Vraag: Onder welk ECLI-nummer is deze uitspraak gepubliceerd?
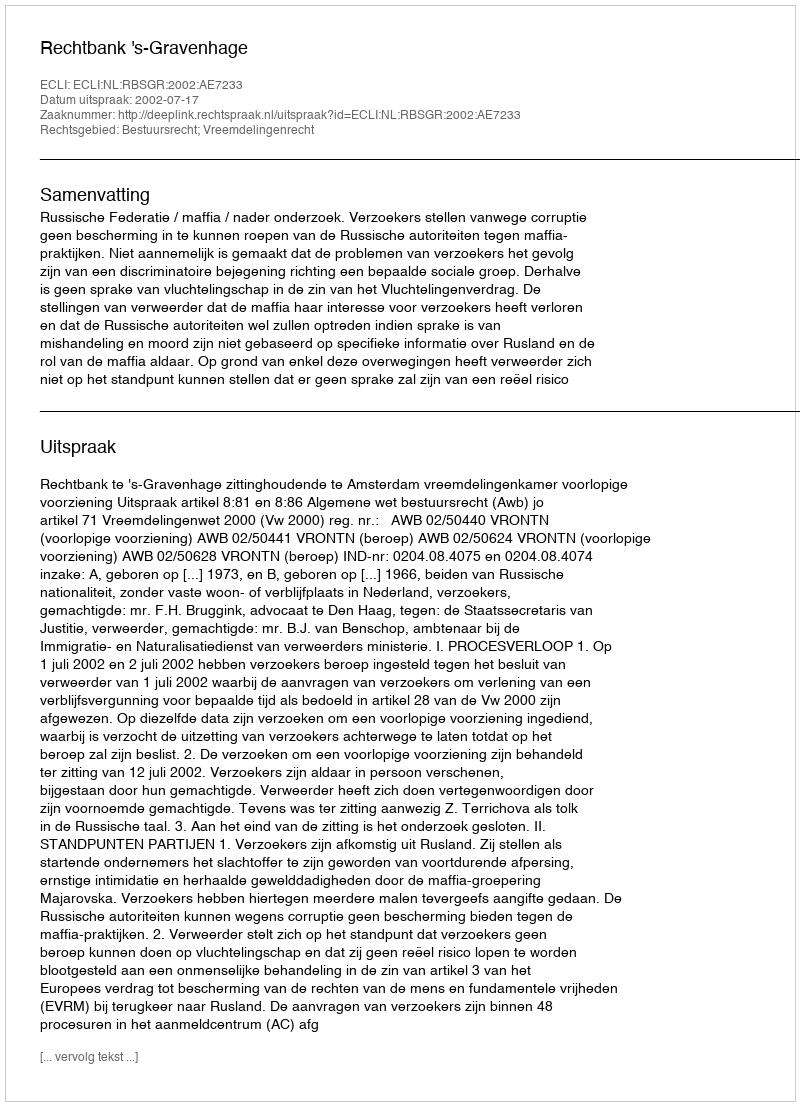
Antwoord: ECLI:NL:RBSGR:2002:AE7233